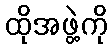
ထိုအဖွဲ့ကို